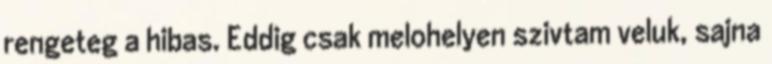
rengeteg a hibas. Eddig csak melohelyen szivtam veluk, sajna